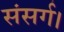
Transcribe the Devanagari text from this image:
संसर्ग।